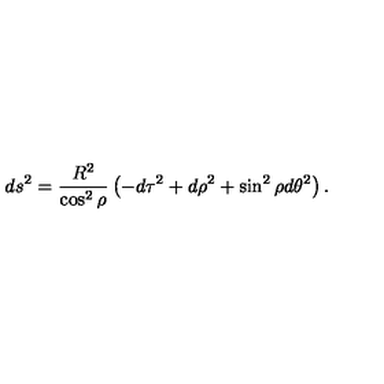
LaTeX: d s ^ { 2 } = \frac { R ^ { 2 } } { \cos ^ { 2 } { \rho } } \left( - d \tau ^ { 2 } + d \rho ^ { 2 } + \sin ^ { 2 } { \rho } d \theta ^ { 2 } \right) .